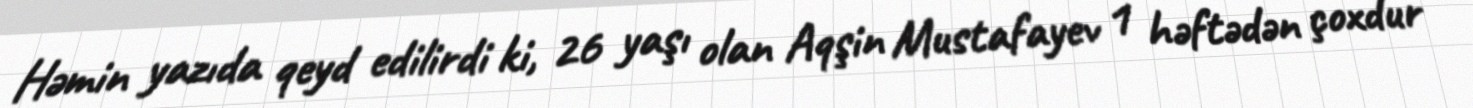
Həmin yazıda qeyd edilirdi ki, 26 yaşı olan Aqşin Mustafayev 1 həftədən çoxdur